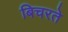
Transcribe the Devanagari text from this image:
बिचरते